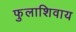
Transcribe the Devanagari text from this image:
फुलाशिवाय